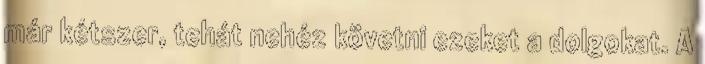
már kétszer, tehát nehéz követni ezeket a dolgokat. A